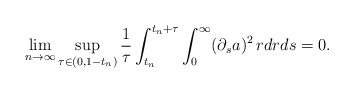
\begin{align*}\lim_{n\to\infty}\sup_{\tau\in (0,1-t_n)}\frac{1}{\tau}\int_{t_n}^{t_n+\tau}\int_0^{\infty}(\partial_sa)^2\,rdrds=0.\end{align*}